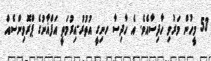
53 މީހުން މަރުވި ހާދިސާއެވެ. އެ ހާދިސާ ހނިގީ އުތުރު-އިރުމަތީ އަފްޣާނުގެ ޕްރޮވިންސެއް